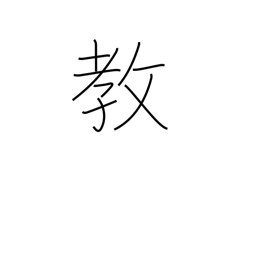
Meaning: faith